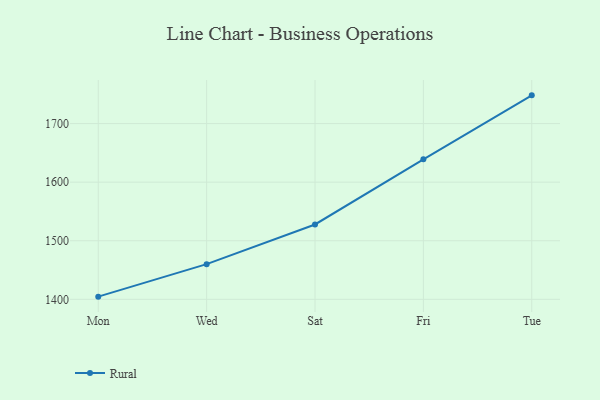
{"axis": {"x": "Day", "y": "Market Share (%)"}, "legend": ["Rural"], "data": [{"x": "Mon", "y": 1404.6, "type": "Rural"}, {"x": "Wed", "y": 1460.1, "type": "Rural"}, {"x": "Sat", "y": 1527.8, "type": "Rural"}, {"x": "Fri", "y": 1639.0, "type": "Rural"}, {"x": "Tue", "y": 1748.2, "type": "Rural"}]}